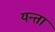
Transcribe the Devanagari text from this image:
यन्ता